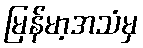
မြန်မာ့အသံမှ